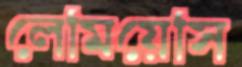
লেমিয়েসি